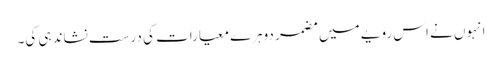
انہوں نے اس رویے میں مضمر دوہرے معیارات کی درست نشاندہی کی۔